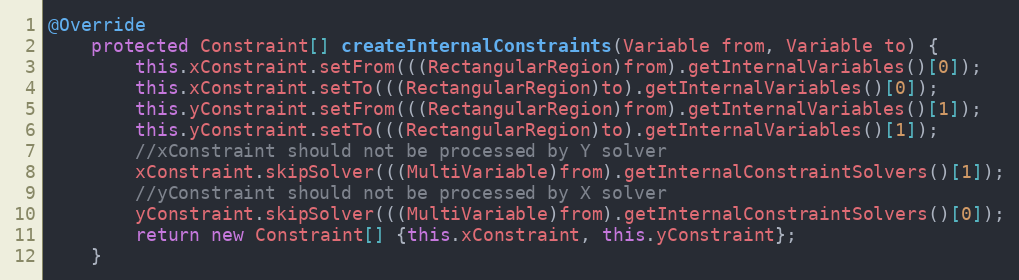
Language: Java
@Override
	protected Constraint[] createInternalConstraints(Variable from, Variable to) {
		this.xConstraint.setFrom(((RectangularRegion)from).getInternalVariables()[0]);
		this.xConstraint.setTo(((RectangularRegion)to).getInternalVariables()[0]);
		this.yConstraint.setFrom(((RectangularRegion)from).getInternalVariables()[1]);
		this.yConstraint.setTo(((RectangularRegion)to).getInternalVariables()[1]);
		//xConstraint should not be processed by Y solver
		xConstraint.skipSolver(((MultiVariable)from).getInternalConstraintSolvers()[1]);
		//yConstraint should not be processed by X solver
		yConstraint.skipSolver(((MultiVariable)from).getInternalConstraintSolvers()[0]);
		return new Constraint[] {this.xConstraint, this.yConstraint};
	}